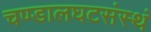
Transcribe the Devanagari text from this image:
चण्डालघटसंस्थं